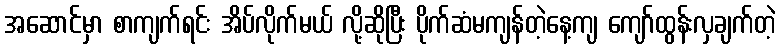
အဆောင်မှာ စာကျက်ရင်း အိပ်လိုက်မယ် လို့ဆိုပြီး ပိုက်ဆံမကျန်တဲ့နေ့ကျ ကျော်ထွန်းလှချက်တဲ့